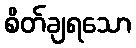
စိတ်ချရသော